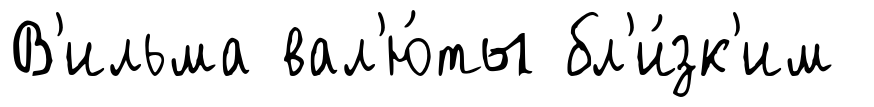
В'ильма вал'ю́ты бл'и́зк'им